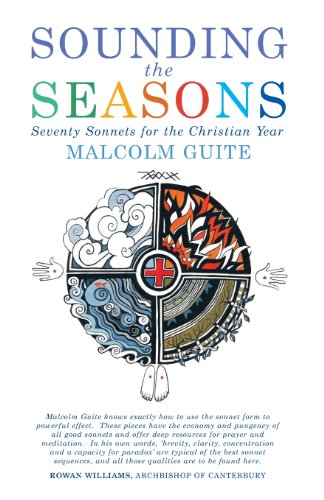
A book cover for Sounding the Seasons: Seventy sonnets for Christian year; Malcolm Guite; Christian Books & Bibles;